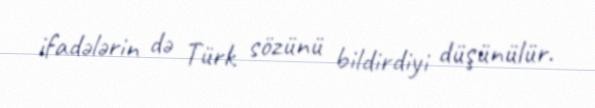
ifadələrin də Türk sözünü bildirdiyi düşünülür.